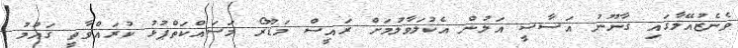
ވެނެޒުއޭލާގައި ގާނޫނު އަސާސީ އަލުން އެކުލަވާލުމަށް ރައީސް މަޑޫރޯ މަސައްކަތްޕުޅު ކުރައްވާތީ ގައުމު